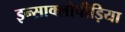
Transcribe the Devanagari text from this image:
इन्साक्लोपीड़िया